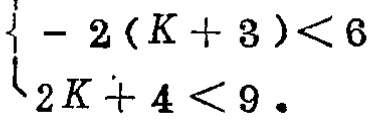
\(\begin{cases}-2(K + 3)<6 \\ 2K+4<9\end{cases}\)